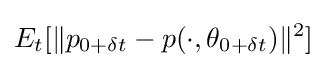
E_{t}[\|p_{0+\delta t}-p(\cdot ,\theta _{0+\delta t})\|^{2}]